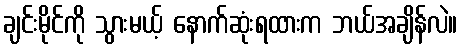
ချင်းမိုင်ကို သွားမယ့် နောက်ဆုံးရထားက ဘယ်အချိန်လဲ။